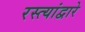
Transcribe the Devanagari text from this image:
रस्त्यांद्वारे